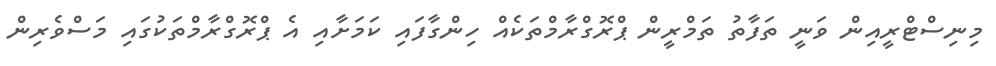
މިނިސްޓްރީއިން ވަނީ ތަފާތު ތަމްރީން ޕްރޮގްރާމްތަކެއް ހިންގާފައި ކަމަށާއި އެ ޕްރޮގްރާމްތަކުގައި މަސްވެރިން